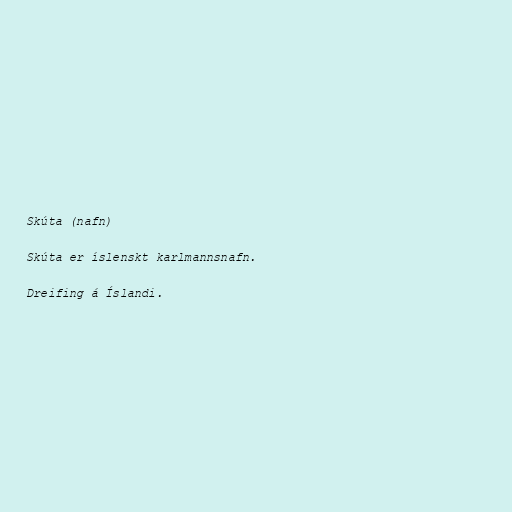
Skúta (nafn)

Skúta er íslenskt karlmannsnafn.

Dreifing á Íslandi.